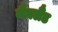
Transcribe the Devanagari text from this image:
मैनलैंड